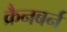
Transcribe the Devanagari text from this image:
क्रैनबर्न